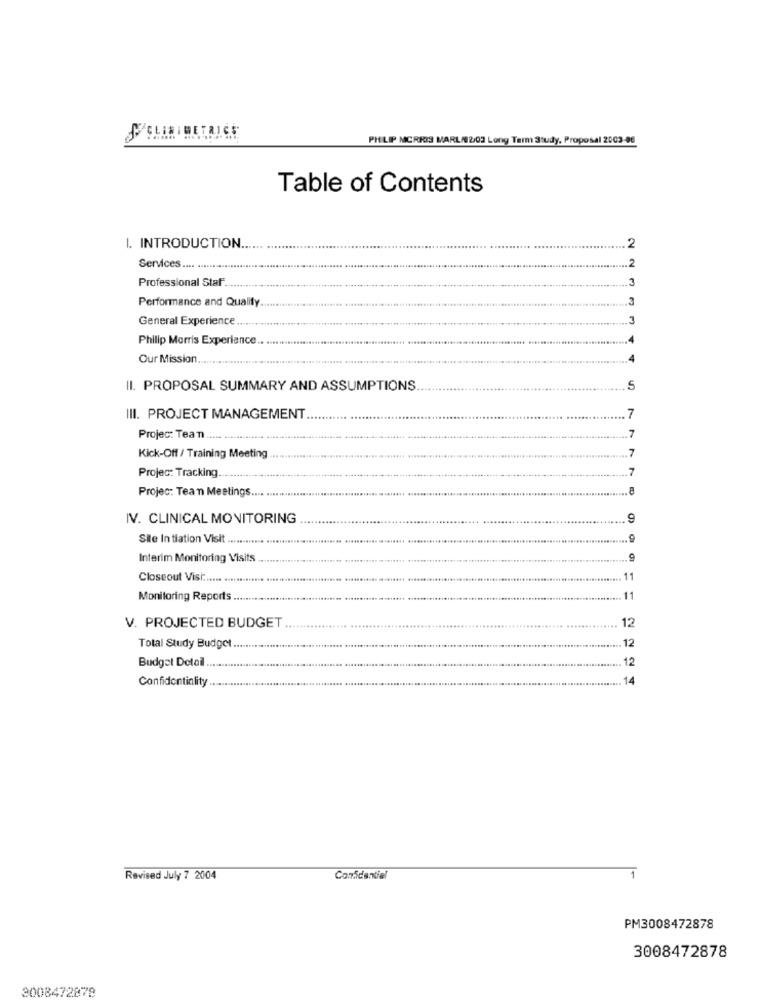
ISIBETRICE
PHILIP MORRIS MARL/02/03 Long Term Study, Proposal 2003-06
Table of Contents
I. INTRODUCTION ..
2
2
Services .... ..
Professional Staff
3
Performance and Quality
General Experience
Philip Morris Experience
.4
Our Mission ..
4
II. PROPOSAL SUMMARY AND ASSUMPTIONS
5
III. PROJECT MANAGEMENT
7
7
Projec: Tean
7
Kick-Off / Training Meeting
Projec: Tracking
7
Projec: Tean Meetings
IV. CLINICAL MONITORING
9
Site In tiation Visit .........
Interim Monitoring Visits
Closeout VisC ...... ......
11
Monitoring Reports.
11
12
V. PROJECTED BUDGET
12
Total Study Budget ..
12
Budget Detail
Confidentiality
.14
Revised July 7 2004
Confidential
PM3008472878
3008472878
2008472878